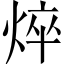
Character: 焠